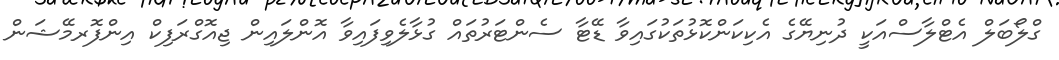
ގްލޯބަލް އެޓްލާސްއަކީ ދުނިޔޭގެ އެކިކަންކޮޅުތަކުގައިވާ ޑޭޓާ ސެންޓަރުތައް ގުޅާލެވިފައިވާ އޮންލައިން ޖިއޮގްރަފިކް އިންފޮރމޭޝަން